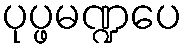
ပုပ္ဖမဏ္ဍပေ